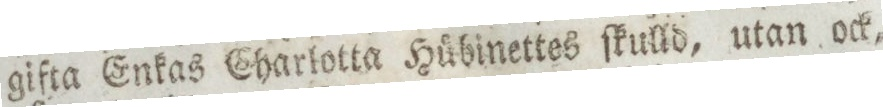
gifta Enkas Eharlotta Hübinettes ſkulld, utan ock,